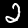
Label: 2